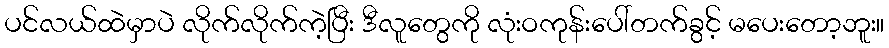
ပင်လယ်ထဲမှာပဲ လိုက်လိုက်ကဲ့ပြီး ဒီလူတွေကို လုံးဝကုန်းပေါ်တက်ခွင့် မပေးတော့ဘူး။